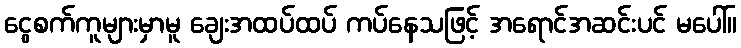
ငွေစက်ကူများမှာမူ ချေးအထပ်ထပ် ကပ်နေသဖြင့် အရောင်အဆင်းပင် မပေါ်။